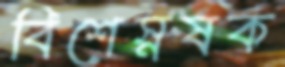
বিশেস্নষক